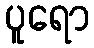
ပူရော